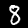
Digit: 8